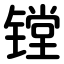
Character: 镗